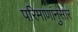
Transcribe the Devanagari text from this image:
परिमाणांनुसार